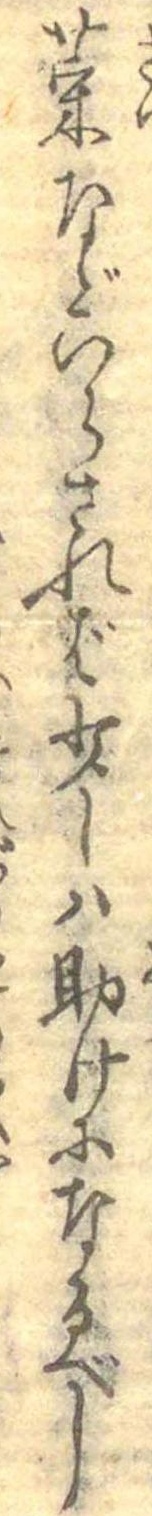
菜などいらされば少しは助けになるべし